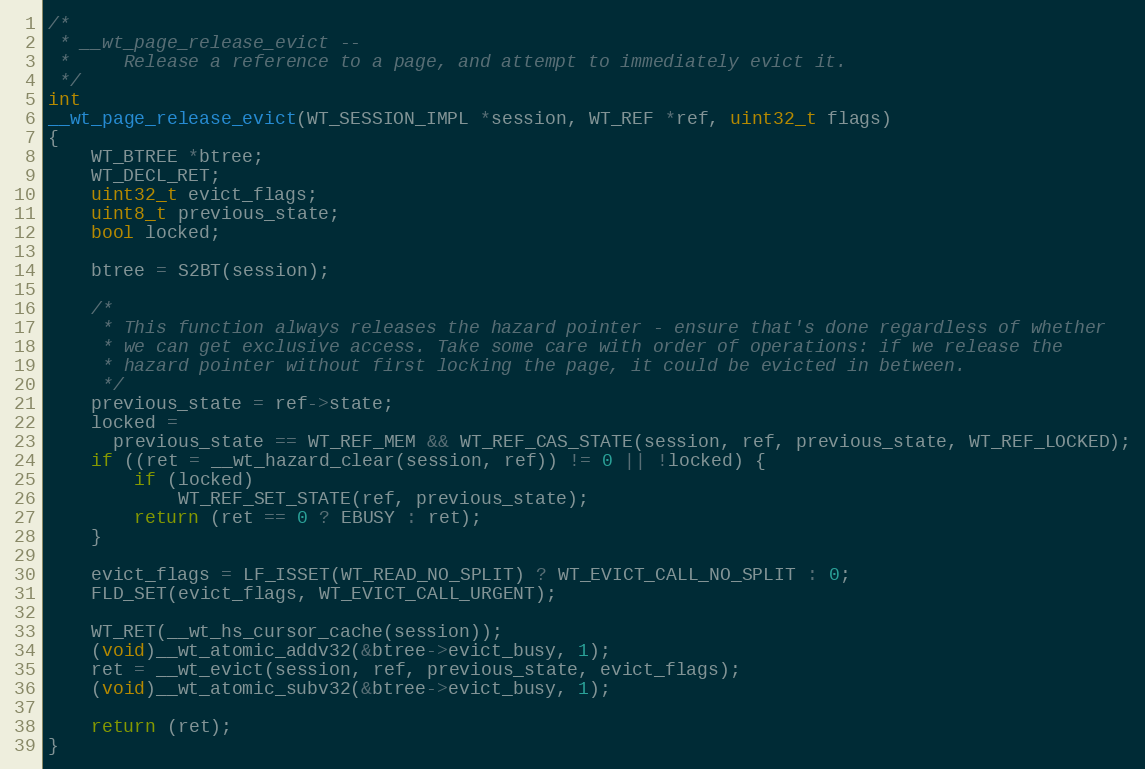
Language: C
/*
 * __wt_page_release_evict --
 *     Release a reference to a page, and attempt to immediately evict it.
 */
int
__wt_page_release_evict(WT_SESSION_IMPL *session, WT_REF *ref, uint32_t flags)
{
    WT_BTREE *btree;
    WT_DECL_RET;
    uint32_t evict_flags;
    uint8_t previous_state;
    bool locked;

    btree = S2BT(session);

    /*
     * This function always releases the hazard pointer - ensure that's done regardless of whether
     * we can get exclusive access. Take some care with order of operations: if we release the
     * hazard pointer without first locking the page, it could be evicted in between.
     */
    previous_state = ref->state;
    locked =
      previous_state == WT_REF_MEM && WT_REF_CAS_STATE(session, ref, previous_state, WT_REF_LOCKED);
    if ((ret = __wt_hazard_clear(session, ref)) != 0 || !locked) {
        if (locked)
            WT_REF_SET_STATE(ref, previous_state);
        return (ret == 0 ? EBUSY : ret);
    }

    evict_flags = LF_ISSET(WT_READ_NO_SPLIT) ? WT_EVICT_CALL_NO_SPLIT : 0;
    FLD_SET(evict_flags, WT_EVICT_CALL_URGENT);

    WT_RET(__wt_hs_cursor_cache(session));
    (void)__wt_atomic_addv32(&btree->evict_busy, 1);
    ret = __wt_evict(session, ref, previous_state, evict_flags);
    (void)__wt_atomic_subv32(&btree->evict_busy, 1);

    return (ret);
}